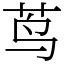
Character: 茑